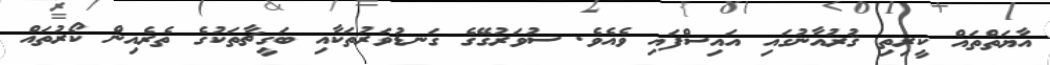
އާޔަތްތައް ކީރިތި ޤުރުއާނުގައި އައިސްފައި ވެއެވެ. ސުވަރުގޭގެ ގަނޑުވަރުތަކާއި ބަގީޗާތަކުގެ ތެރެއިން ކޯރުތައް